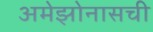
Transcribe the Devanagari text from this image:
अमेझोनासची